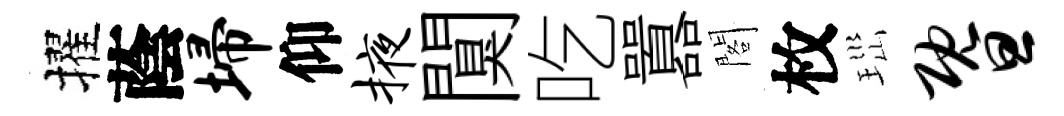
擢蔭埽仰掖闃吃囂閣枚𤤼暨